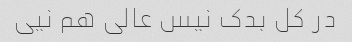
در کل بدک نیس عالی هم نیی